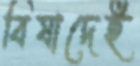
বিষাদেই